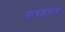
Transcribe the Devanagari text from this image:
कवडगाव